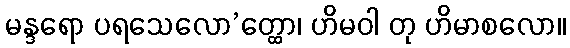
မန္ဒရော ပရသေလော’တ္ထော၊ ဟိမဝါ တု ဟိမာစလော။